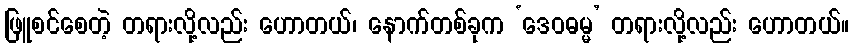
ဖြူစင်စေတဲ့ တရားလို့လည်း ဟောတယ်၊ နောက်တစ်ခုက ‘ဒေဝဓမ္မ’ တရားလို့လည်း ဟောတယ်။